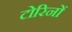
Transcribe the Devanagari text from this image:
टोरिनों